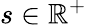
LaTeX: s\in\mathbb{R}^{+}